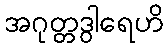
အဂုတ္တဒွါရေဟိ